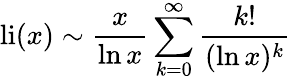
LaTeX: \operatorname{li}(x)\sim{\frac{x}{\ln x}}\sum_{k=0}^{\infty}{\frac{k!}{(\ln x)^{k}}}